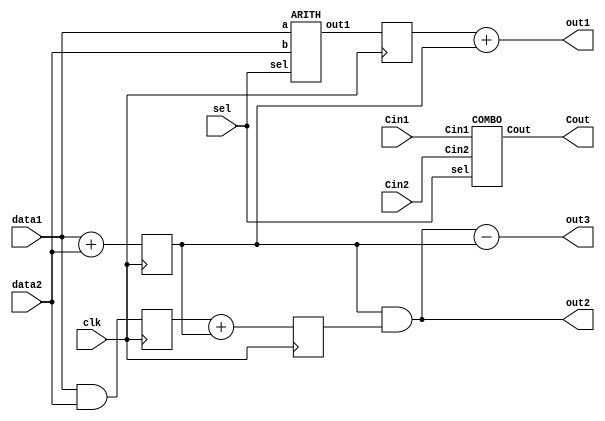

module MY_DESIGN ( Cin1, Cin2, Cout, data1, data2, sel, clk, out1, out2, out3);
  input [4:0] Cin1, Cin2, data1, data2;
  input sel, clk;
  output [4:0] Cout, out1, out2, out3;
  reg   [4:0] R1, R2, R3, R4, out1, out2, out3;
  wire   [4:0] arth_o;

  ARITH U1_ARITH ( .a(data1), .b(data2), .sel(sel), .out1(arth_o) );
  COMBO U_COMBO ( .Cin1(Cin1), .Cin2(Cin2), .sel(sel), .Cout(Cout) );


always @ (posedge clk)
  begin
    R1 <= arth_o;
    R2 <= data1 & data2;
    R3 <= data1 + data2;
    R4 <= R2 + R3;
  end

always @ (out2, R1, R3, R4)
  begin
    out1 <= R1 + R3;
    out2 <= R3 & R4;
    out3 <= out2 - R3;
  end

endmodule





module ARITH ( a, b, sel, out1 );
  input [4:0] a, b;
  input sel;
  output [4:0] out1;
  reg [4:0] out1;

always @(sel, a, b)

  begin
    case({sel})
        1'b0: out1 <= a + b;
        1'b1: out1 <= a - b;
    endcase
  end



endmodule




module COMBO ( Cin1, Cin2, sel, Cout );
  input [4:0] Cin1, Cin2;
  input sel;
  output [4:0] Cout;
  reg [4:0] Cout;

  wire   [4:0] arth_o;

  ARITH U2_ARITH ( .a(Cin1), .b(Cin2), .sel(sel), .out1(arth_o) );

always @ (Cin1, arth_o)
  begin
    Cout <= arth_o + Cin1;
  end

endmodule